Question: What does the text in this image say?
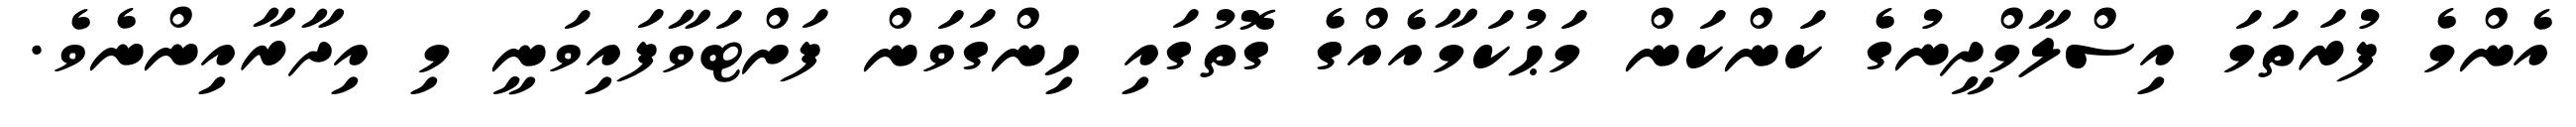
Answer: އެންމެ ފުރަތަމަ އިސްލާމްދީނުގެ ކަންކަން މަޙުކަމާއެއްގެ ގޮތުގައި ހިންގަވަން ފަށްޓަވާފައިވަނީ މި އިދާރާއިންނެވެ.